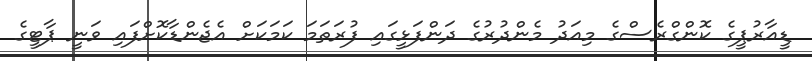
ޑީއާރުޕީގެ ކޮންގްރެސްގެ މިއަދު މެންދުރުގެ ދަންފަޅީގައި ފުރަތަމަ ކަމަކަށް އެޖެންޑާކޮށްފައި ވަނީ ޕާޓީގެ